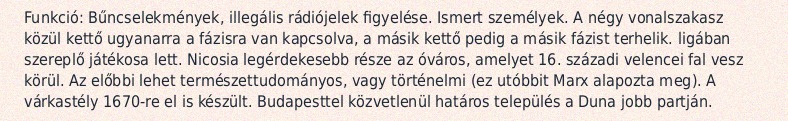
Funkció: Bűncselekmények, illegális rádiójelek figyelése. Ismert személyek. A négy vonalszakasz közül kettő ugyanarra a fázisra van kapcsolva, a másik kettő pedig a másik fázist terhelik. ligában szereplő játékosa lett. Nicosia legérdekesebb része az óváros, amelyet 16. századi velencei fal vesz körül. Az előbbi lehet természettudományos, vagy történelmi (ez utóbbit Marx alapozta meg). A várkastély 1670-re el is készült. Budapesttel közvetlenül határos település a Duna jobb partján.